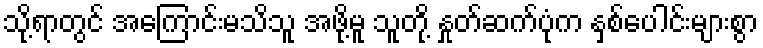
သို့ရာတွင် အကြောင်းမသိသူ အဖို့မူ သူတို့ နှုတ်ဆက်ပုံက နှစ်ပေါင်းများစွာ